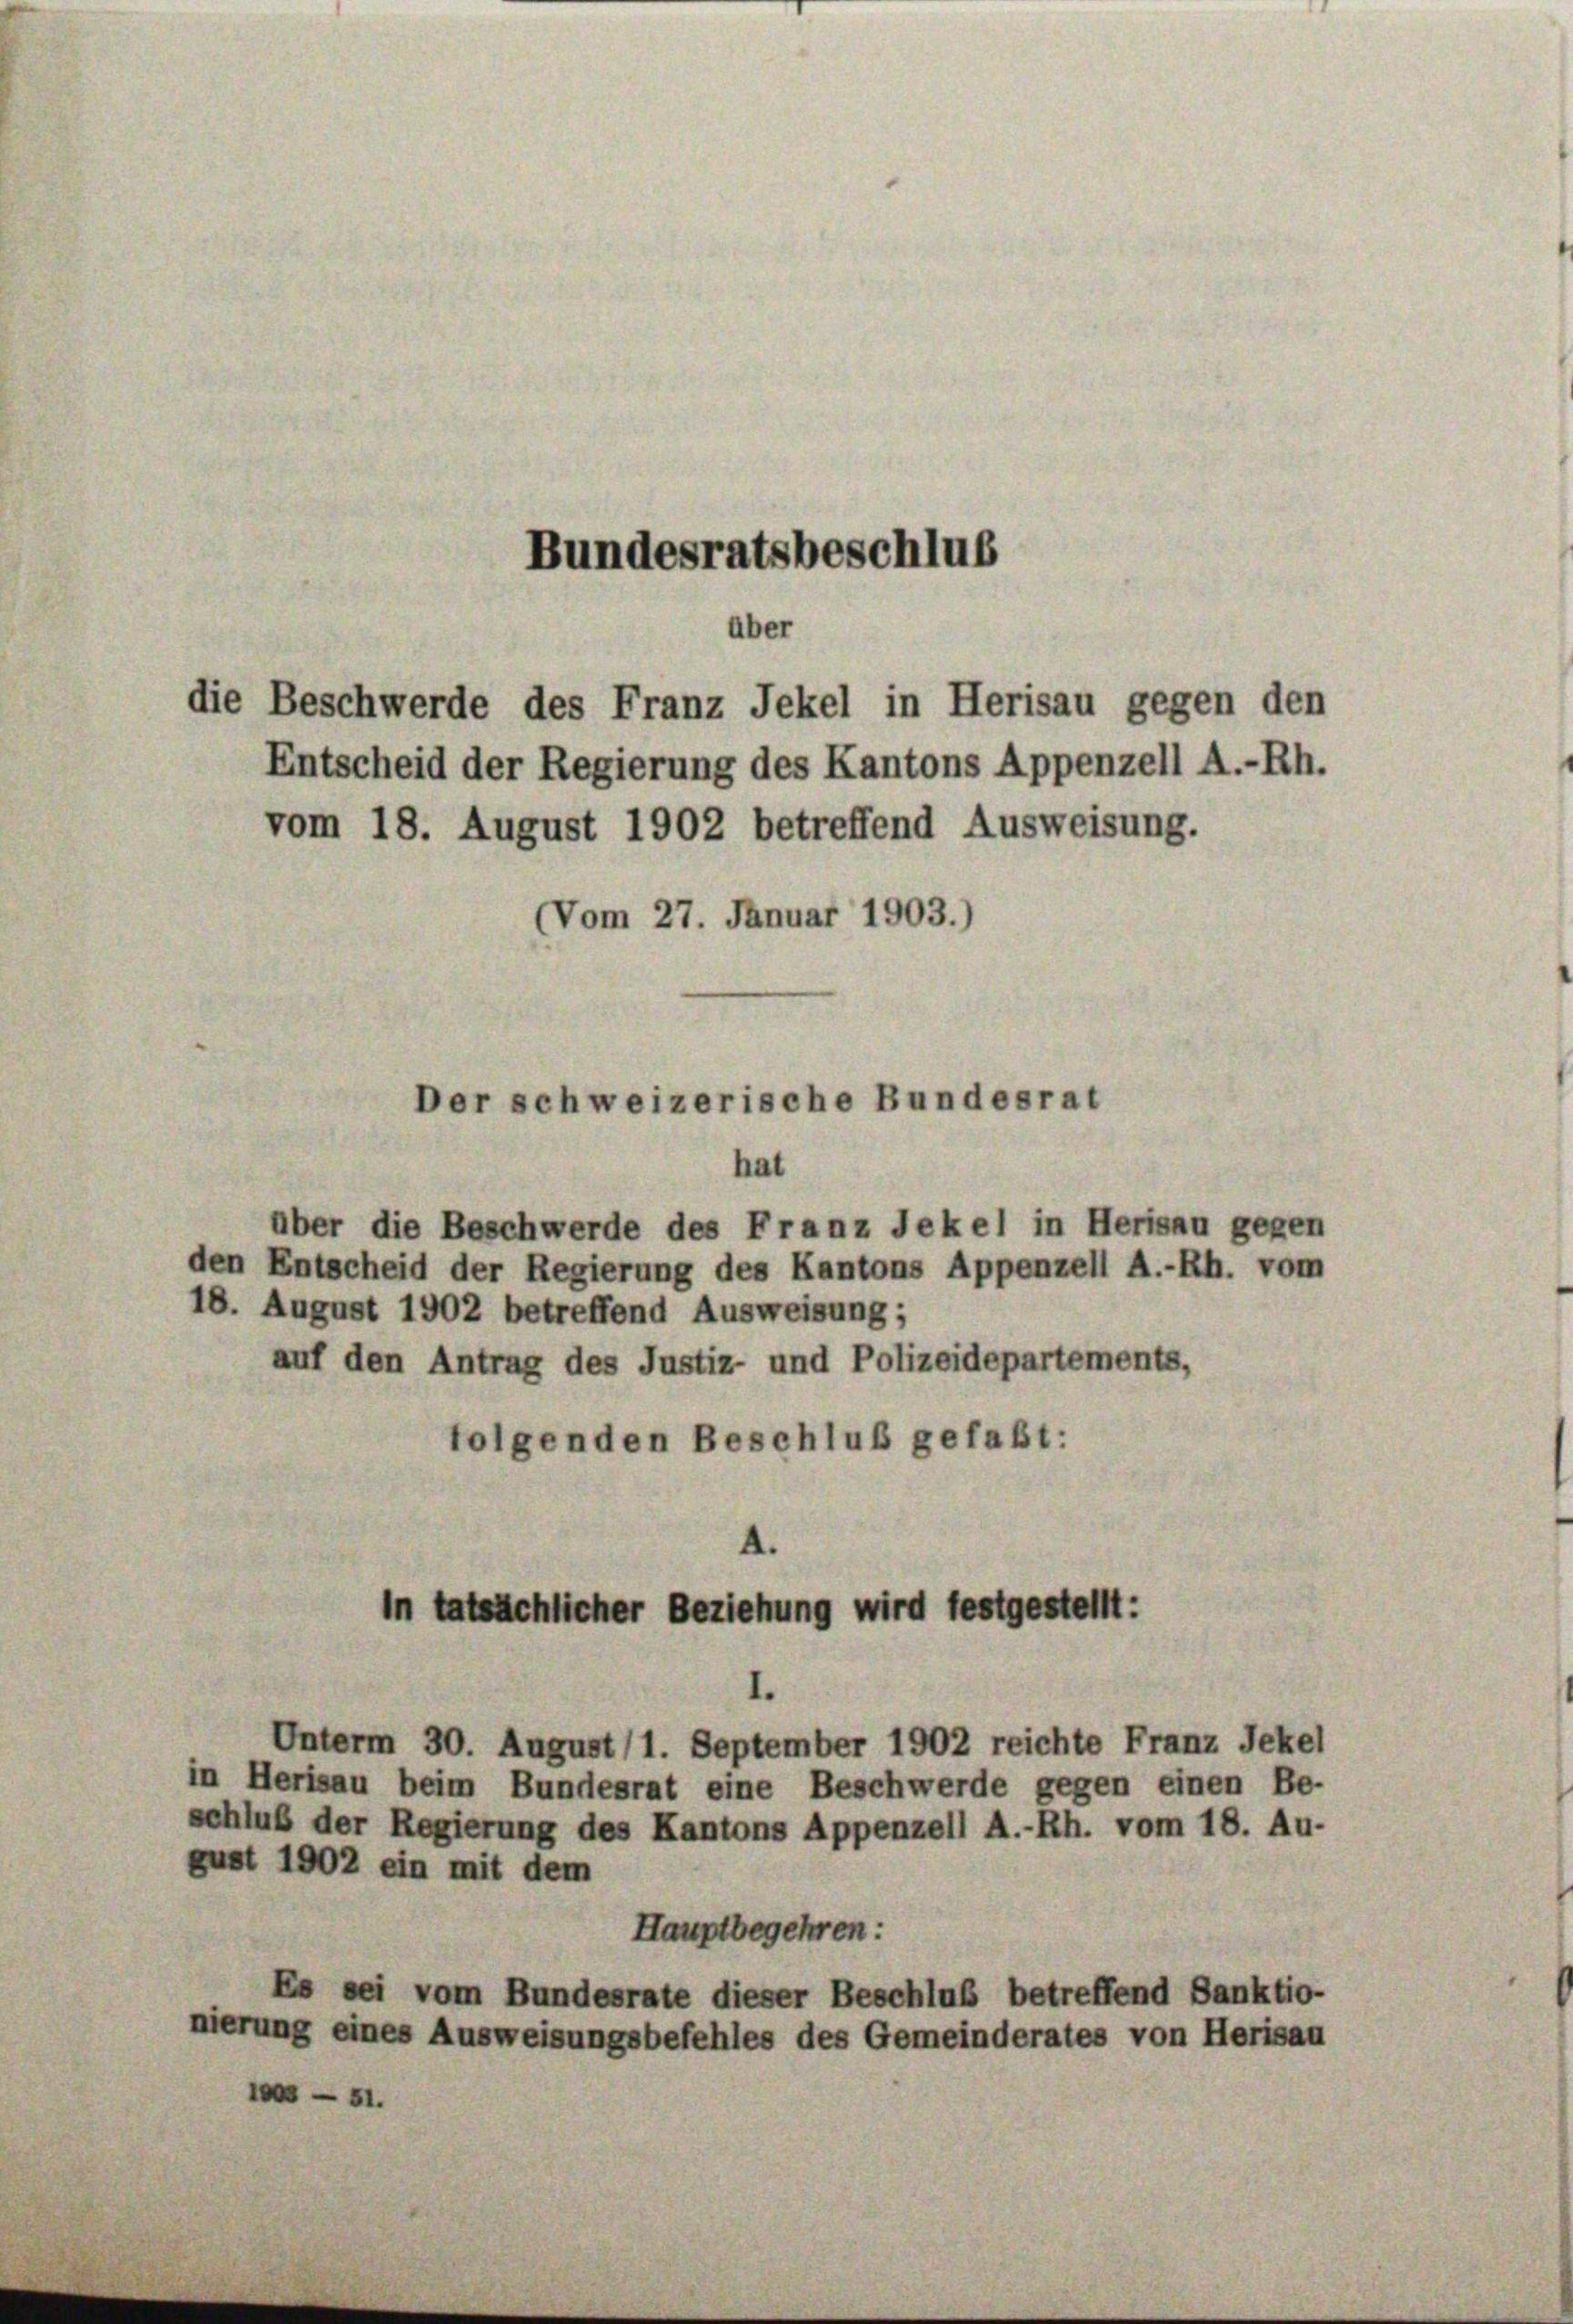
Bundesratsbeschluß
aber
die Beschwerde des Franz Jekel in Herisau gegen den
Entscheid der Regierung des Kantons Appenzell A.-Rh.
vom 18. August 1902 betreffend Ausweisung.

Vom 27. Januar 1903.)

Der schweizerische Bundesrat

hat
über die Beschwerde des Franz Jekel in Herisau gegen
den Entscheid der Regierung des Kantons Appenzell A.-Rh. vom
18. August 1902 betreffend Ausweisung;
auf den Antrag des Justiz- und Polizeidepartements,
folgenden Beschluß gefaßt:

in tatsächlicher Beziehung wird festgestellt:

Unterm 30. August (1. September 1902 reichte Franz Jekel
in Herisau beim Bundesrat eine Beschwerde gegen einen Be-
schluß der Regierung des Kantons Appenzell A.-Rh. vom 18. Au-
gust 1902 ein mit dem
Hauptbegehren:
Es sei vom Bundesrate dieser Beschluß betreffend Sanktio-
nierung eines Ausweisungsbefehles des Gemeinderates von Herisau
10 - 31.